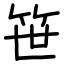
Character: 笹